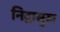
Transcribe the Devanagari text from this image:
निद्रासुख